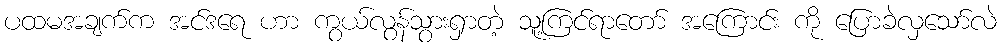
ပထမအချက်က အင်ဒရေ ဟာ ကွယ်လွန်သွားရှာတဲ့ သူ့ကြင်ရာတော် အကြောင်း ကို ပြောခဲလှသော်လဲ